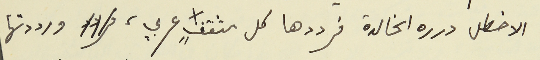
الاخطل درره الخالدة فرددها كل مثقفٍ عربي، ورددتها